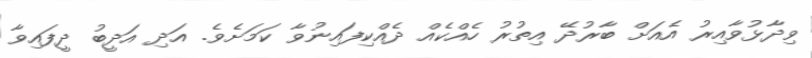
ވިދާޅުވާއިރު އެއަށް ބާރުދޭ އިތުރު ހެއްކެއް ދެއްކިފައިނުވާ ކަމަށެވެ. އަދި އަދީބު ދީފައިވާ